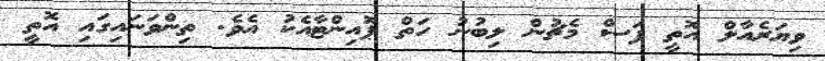
ވިޔަރެއާލް އޮތީ ފަސް މެޗުން ލިބުނު ހަތް ޕޮއިންޓާއެކު އެވެ. ތިންވަނައިގައި އޮތީ